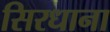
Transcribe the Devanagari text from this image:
सिरधाना